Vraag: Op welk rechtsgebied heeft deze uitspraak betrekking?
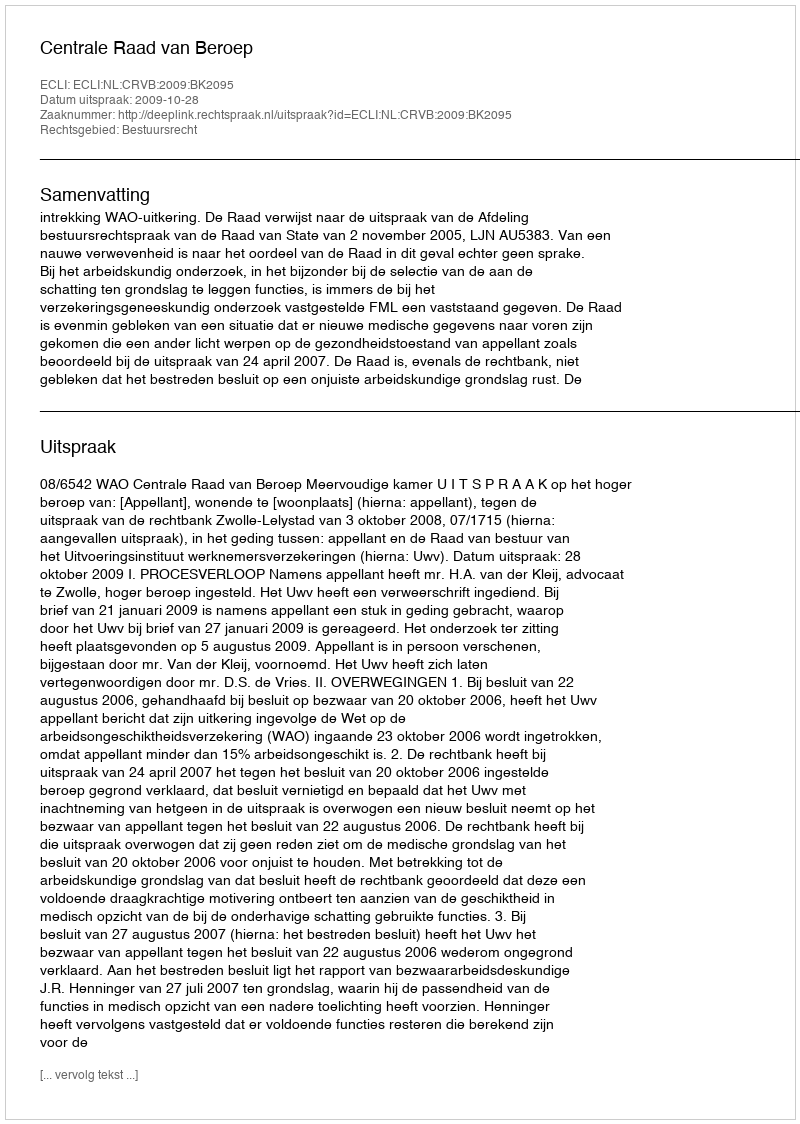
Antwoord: Bestuursrecht